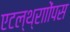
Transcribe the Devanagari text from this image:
एटल्थ्रााोंपस